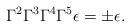
LaTeX: \begin{align*}\Gamma^{2}\Gamma^{3}\Gamma^{4}\Gamma^{5} \epsilon =\pm \epsilon . \end{align*}